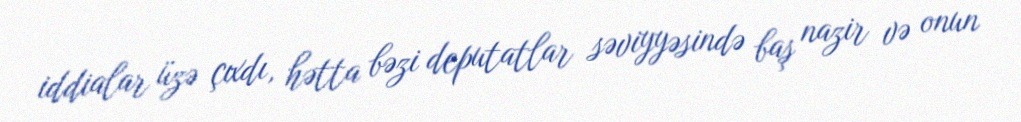
iddialar üzə çıxdı, hətta bəzi deputatlar səviyyəsində baş nazir və onun